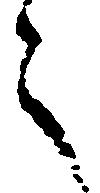
々